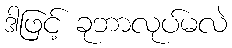
ဒါဖြင့် ခုဘာလုပ်မလဲ